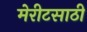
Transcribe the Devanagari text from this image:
मेरीटसाठी